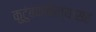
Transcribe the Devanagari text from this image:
कुटुंबकबिल्यासह